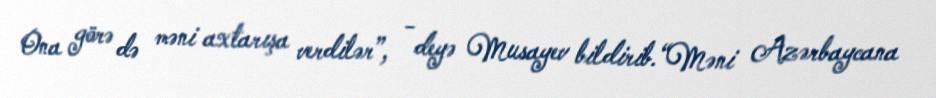
Ona görə də məni axtarışa verdilər”, - deyə Musayev bildirib.“Məni Azərbaycana